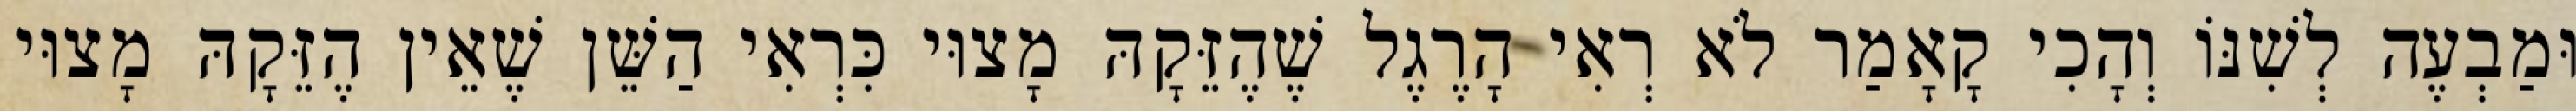
וּמַבְעֶה לְשִׁנּוֹ וְהָכִי קָאָמַר לֹא רְאִי הָרֶגֶל שֶׁהֶזֵּקָהּ מָצוּי כִּרְאִי הַשֵּׁן שֶׁאֵין הֶזֵּקָהּ מָצוּי